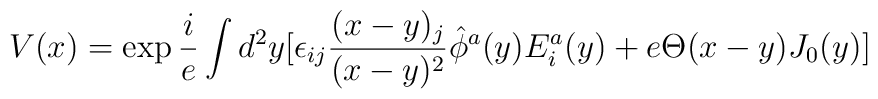
V(x)=\exp {i\over e}\int d^2y[\epsilon_{ij}{(x-y)_j\over (x-y)^2}\hat{\phi}^a(y)E^a_i(y)+e\Theta(x-y)J_0(y)]